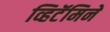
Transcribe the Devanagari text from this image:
व्हिटॅमिने